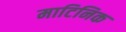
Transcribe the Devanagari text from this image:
माटिनिक